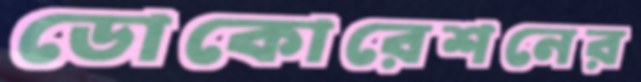
ডোকোরেশনের